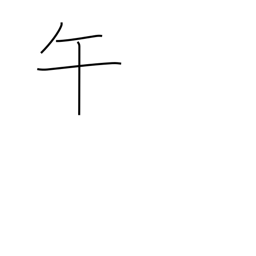
Meaning: 11AM-1PM